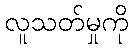
လူသတ်မှုကို